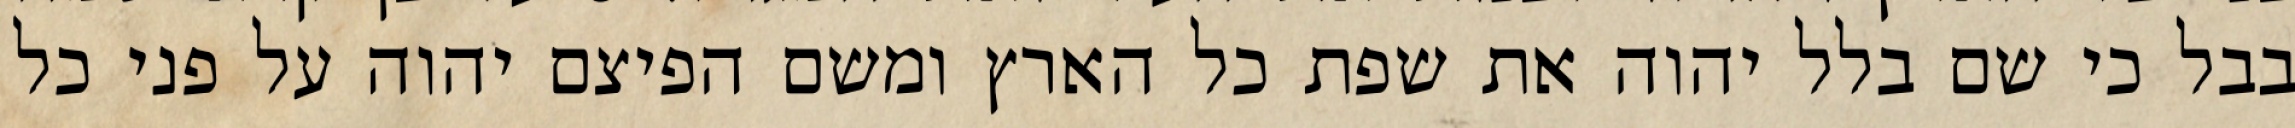
בבל כי שם בלל יהוה את שפת כל הארץ ומשם הפיצם יהוה על פני כל